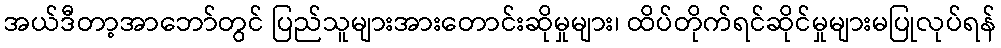
အယ်ဒီတာ့အာဘော်တွင် ပြည်သူများအားတောင်းဆိုမှုများ၊ ထိပ်တိုက်ရင်ဆိုင်မှုများမပြုလုပ်ရန်